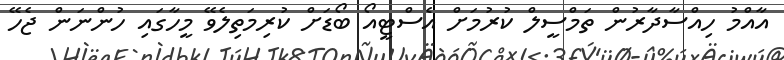
އާއްމު ހިއްސާދާރުން ތަމްސީލް ކުރުމަށް އެސްޓީއޯ ބޯޑަށް ކުރިމަތިލެވޭ މީހާގައި ހުންނަން ޖެހޭ